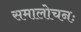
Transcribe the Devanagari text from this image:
समालोचनः